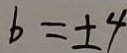
b = \pm 4